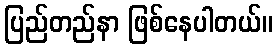
ပြည်တည်နာ ဖြစ်နေပါတယ်။